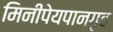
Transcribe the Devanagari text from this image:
मिनीपेयपानगृह